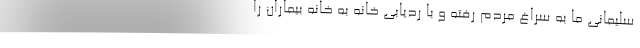
سلیمانی ما به سراغ مردم رفته و با ردیابی خانه به خانه بیماران را